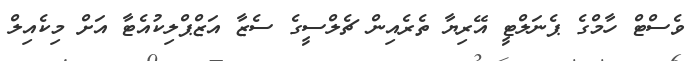
ވެސްޓް ހާމްގެ ޕެނަލްޓީ އޭރިޔާ ތެރެއިން ޗެލްސީގެ ސެޒާ އަޒްޕްލިކުއެޓާ އަށް މިކެއިލް